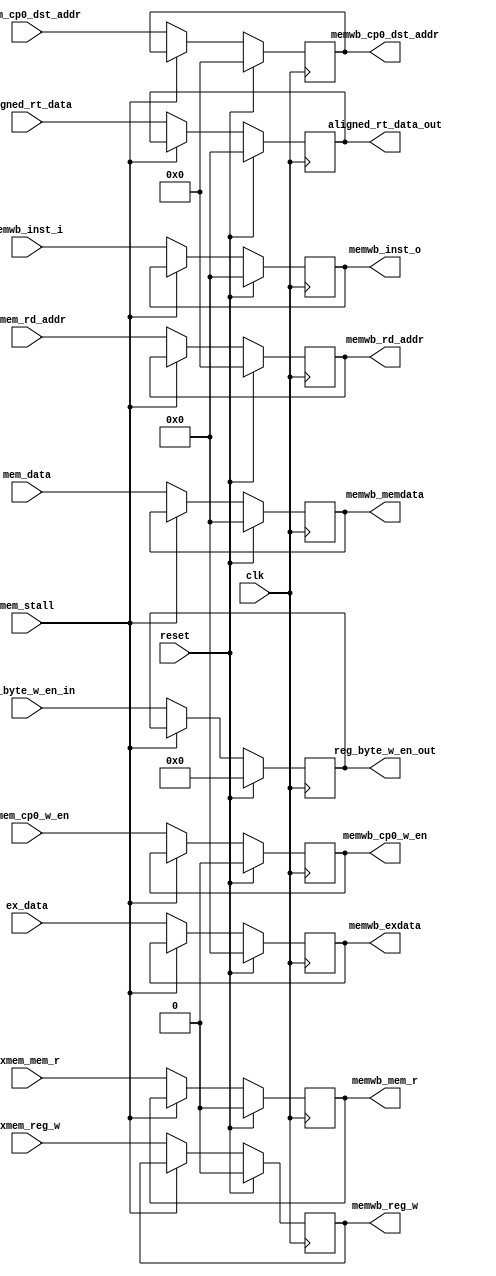
`timescale 1ns / 1ps
//////////////////////////////////////////////////////////////////////////////////
// Company:  
// Engineer: 
// 
// Design Name: 
// Module Name: exmem_reg
// Project Name: 
// Target Devices: 
// Tool Versions: 
// Description: 
// 
// Dependencies: 
// 
// Revision:
// Revision 0.01 - File Created
// Additional Comments:
// 
//////////////////////////////////////////////////////////////////////////////////


module memwb_reg(
    input clk,
    input reset,
    input mem_stall,
    input exmem_mem_r,
    input exmem_reg_w,
    input [3:0] reg_byte_w_en_in,
    input [4:0] exmem_rd_addr,
    input [31:0] mem_data,
    input [31:0] ex_data,
    input [4:0] exmem_cp0_dst_addr,
    input exmem_cp0_w_en,
    input [31:0] aligned_rt_data,
    input [31:0] memwb_inst_i,


    output reg memwb_mem_r,
    output reg memwb_reg_w,
    output reg [3:0] reg_byte_w_en_out,
    output reg [4:0] memwb_rd_addr,
    output reg [31:0] memwb_memdata,
    output reg [31:0] memwb_exdata,
    output reg [4:0] memwb_cp0_dst_addr,
    output reg [31:0] aligned_rt_data_out,
    output reg memwb_cp0_w_en,
    output reg [31:0] memwb_inst_o

    );

    always@(posedge clk) begin
        if (reset) begin
            memwb_mem_r         <= 0;
            memwb_reg_w         <= 0;
            reg_byte_w_en_out   <= 0;
            memwb_rd_addr       <= 0;
            memwb_memdata       <= 0;
            memwb_exdata        <= 0;
            memwb_cp0_dst_addr  <= 0;
            memwb_cp0_w_en      <= 0;
            aligned_rt_data_out <= 0;
            memwb_inst_o        <= 0;
        end
        else if ( !mem_stall ) begin
            memwb_mem_r         <= exmem_mem_r;
            memwb_reg_w         <= exmem_reg_w;
            reg_byte_w_en_out   <= reg_byte_w_en_in;
            memwb_rd_addr       <= exmem_rd_addr;
            memwb_memdata       <= mem_data;
            memwb_exdata        <= ex_data;
            memwb_cp0_dst_addr  <= exmem_cp0_dst_addr;
            memwb_cp0_w_en      <= exmem_cp0_w_en;
            aligned_rt_data_out <= aligned_rt_data;
            memwb_inst_o        <= memwb_inst_i;
        end
    end
endmodule